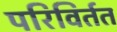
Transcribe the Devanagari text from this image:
परिविर्तत